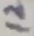
Text: 12